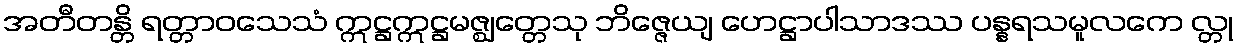
အတီတန္တိ ရတ္တာဝသေသံ ဣဋ္ဌဣဋ္ဌမဇ္ဈတ္တေသု ဘိဇ္ဇေယျ ဟေဋ္ဌာပါသာဒဿ ပန္နရသမူလကေ လ္တု